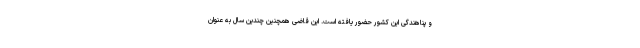
و پناهندگی این کشور حضور یافته است. این قاضی همچنین چندین سال به عنوان